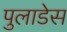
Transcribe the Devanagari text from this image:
पुलाडेस